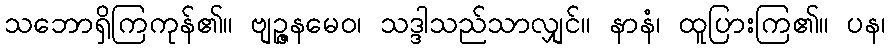
သဘောရှိကြကုန်၏။ ဗျဉ္ဇနမေဝ၊ သဒ္ဒါသည်သာလျှင်။ နာနံ၊ ထူပြားကြ၏။ ပန၊